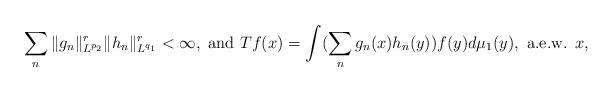
LaTeX: \begin{align*}\sum_{n}\Vert g_n\Vert_{L^{p_2}}^r\Vert h_n\Vert^r_{L^{q_1} } <\infty,\textnormal{ and }Tf(x)=\int(\sum_ng_{n}(x)h_n(y))f(y)d\mu_1(y),\textnormal{ a.e.w. }x,\end{align*}